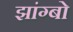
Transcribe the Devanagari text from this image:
झांग्बो